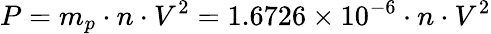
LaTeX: P=m_{p}\cdot n\cdot V^{2}=1.6726\times 10^{-6}\cdot n\cdot V^{2}